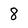
Character: 8